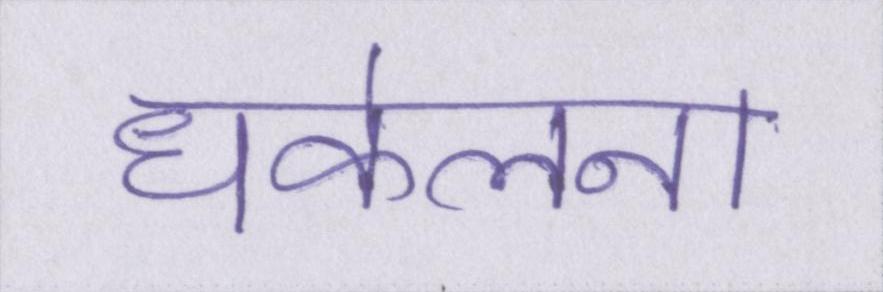
धकेलना